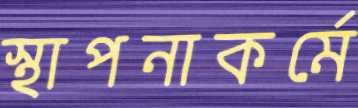
স্থাপনাকর্মে